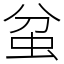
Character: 蚠